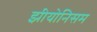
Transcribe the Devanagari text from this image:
झीयोनिसम